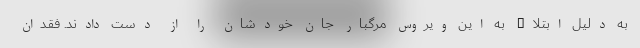
به دلیل ابتلاء به این ویروس مرگبار جان خودشان را از دست دادند. فقدان